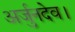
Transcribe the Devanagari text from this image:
अर्जुनदेव।